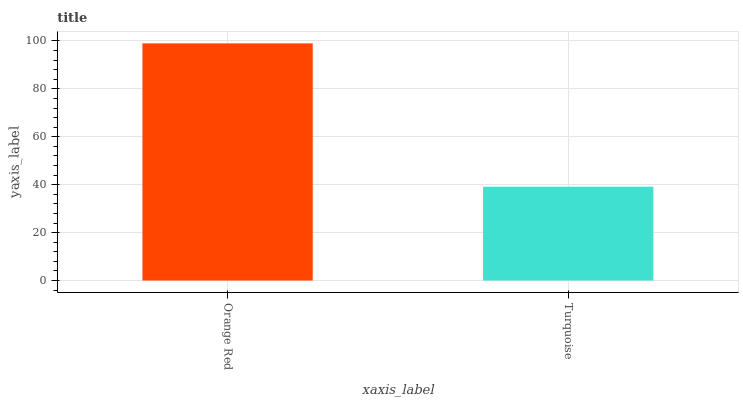
| xaxis_label | bars |
 | --- | --- |
 | Orange Red | 99 |
 | Turquoise | 39.2 |